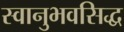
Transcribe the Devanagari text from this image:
स्वानुभवसिद्ध